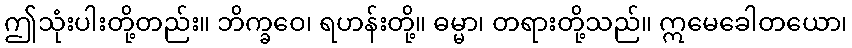
ဤသုံးပါးတို့တည်း။ ဘိက္ခဝေ၊ ရဟန်းတို့။ ဓမ္မာ၊ တရားတို့သည်။ ဣမေခေါတယော၊